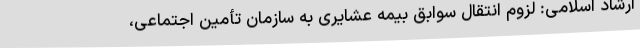
ارشاد اسلامی: لزوم انتقال سوابق بیمه عشایری به سازمان تأمین اجتماعی،